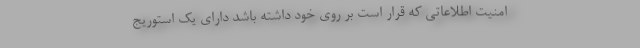
امنیت اطلاعاتی که قرار است بر روی خود داشته باشد دارای یک استوریج